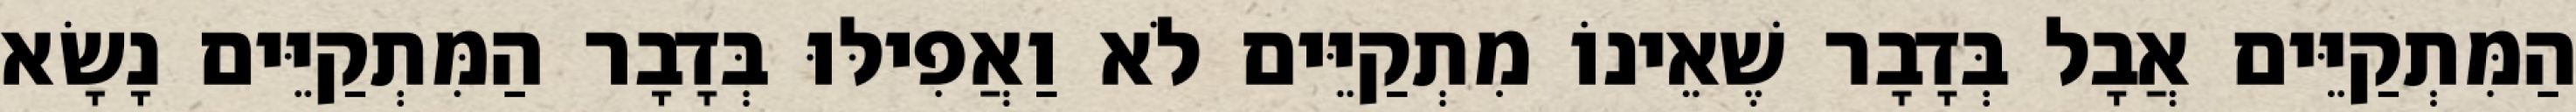
הַמִּתְקַיֵּים אֲבָל בְּדָבָר שֶׁאֵינוֹ מִתְקַיֵּים לֹא וַאֲפִילּוּ בְּדָבָר הַמִּתְקַיֵּים נָשָׂא